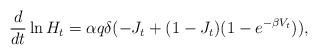
LaTeX: \begin{align*}\frac{d}{dt}\ln H_t=\alpha q\delta(-J_t+(1-J_t)(1-e^{-\beta V_t})),\end{align*}